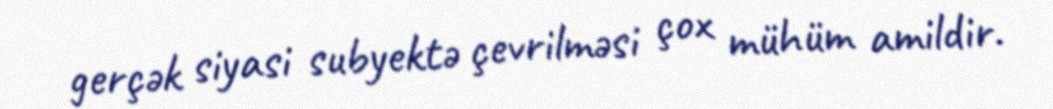
gerçək siyasi subyektə çevrilməsi çox mühüm amildir.